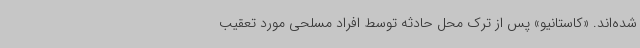
شده‌اند. «کاستانیو» پس از ترک محل حادثه توسط افراد مسلحی مورد تعقیب